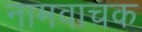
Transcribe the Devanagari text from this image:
नामवाचक